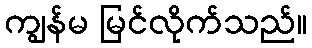
ကျွန်မ မြင်လိုက်သည်။